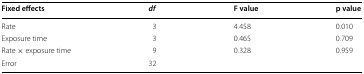
<table><thead><tr><td><b>Fixed effects</b></td><td><b><i>df</i></b></td><td><b>F value</b></td><td><b>p value</b></td></tr></thead><tbody><tr><td>Rate</td><td>3</td><td>4.458</td><td>0.010</td></tr><tr><td>Exposure time</td><td>3</td><td>0.465</td><td>0.709</td></tr><tr><td>Rate × exposure time</td><td>9</td><td>0.328</td><td>0.959</td></tr><tr><td>Error</td><td>32</td><td></td><td></td></tr></tbody></table>